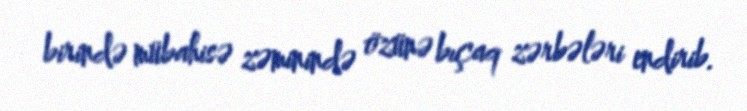
birində mübahisə zəminində özünə bıçaq zərbələri endirib.